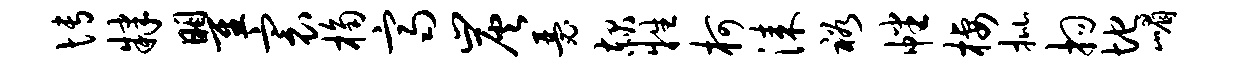
博肄瞿寰桷齐炭瑟赧牲柯漆裕幡栖批拘地嵋